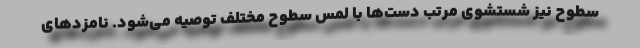
سطوح نیز شستشوی مرتب دست‌ها با لمس سطوح مختلف توصیه می‌شود. نامزدهای